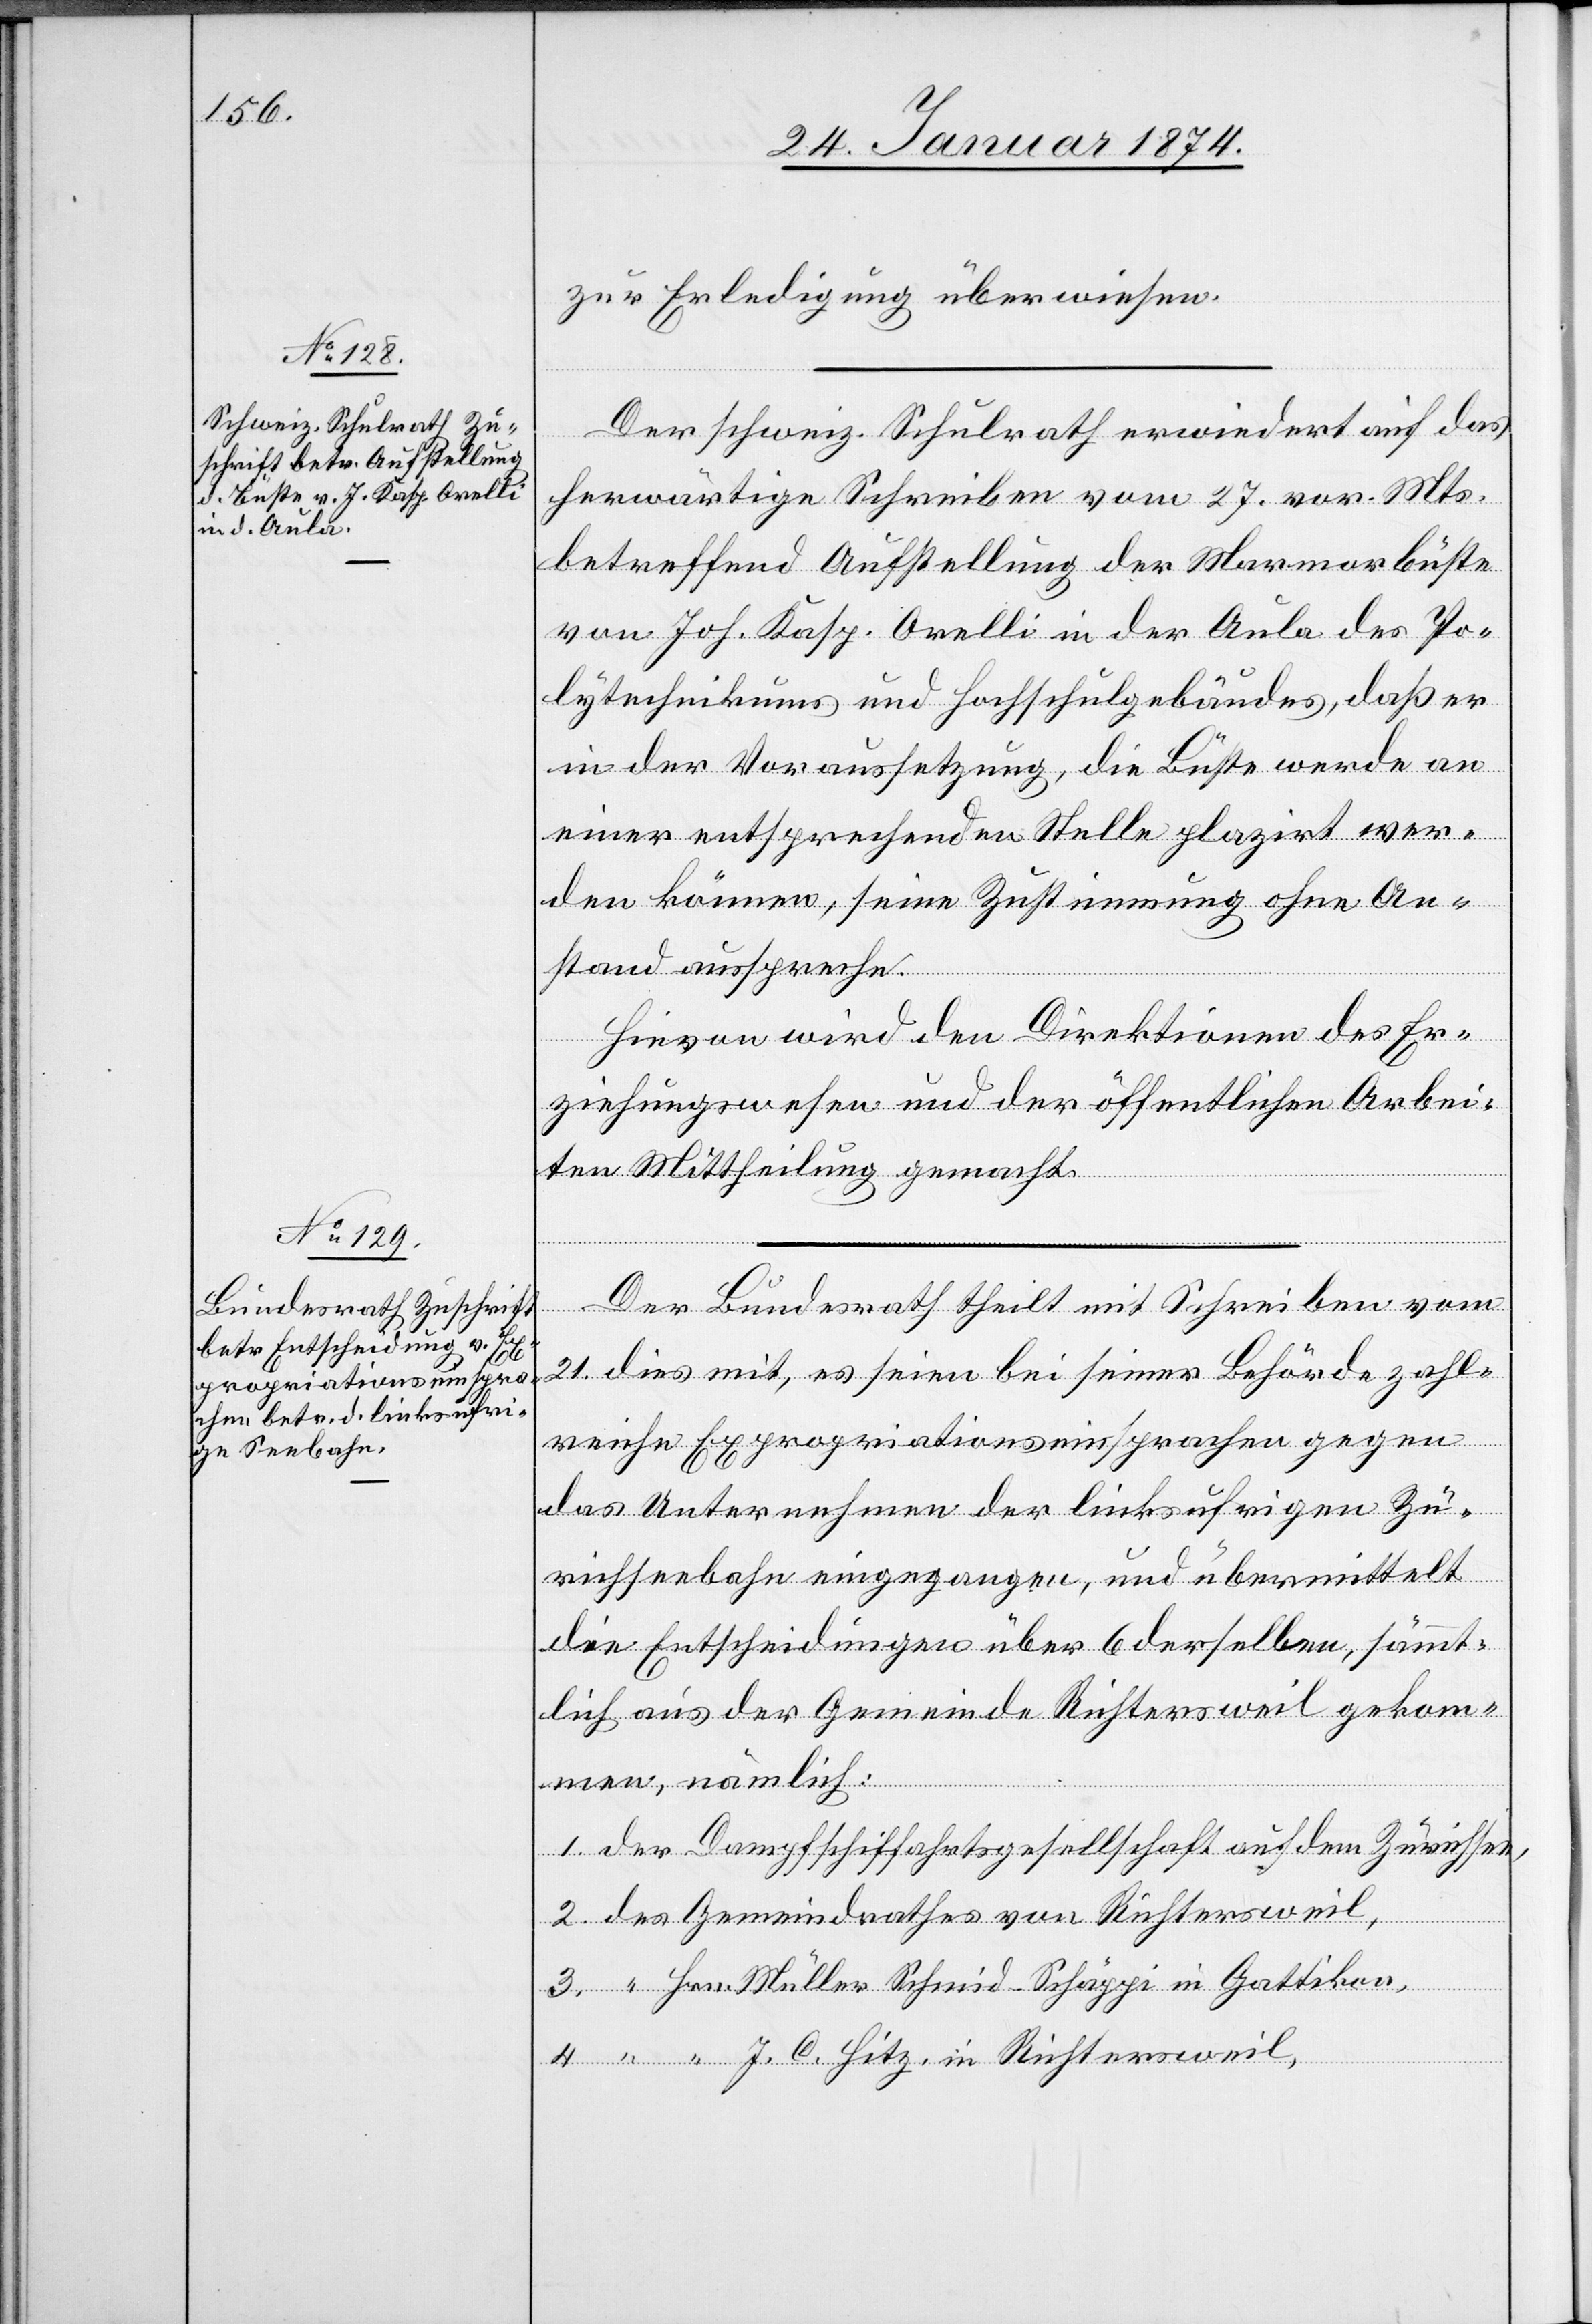
zur Erledigung überwiesen.
Der schweiz. Schulrath erwiedert auf das
herwärtige Schreiben vom 27. vor. Mts.
betreffend Aufstellung der Marmorbüste
von Joh. Kasp. Orelli in der Aula des Po¬
lytechnikums und Hochschulgebäudes, daß er
in der Voraussetzung, die Büste werde an
einer entsprechenden Stelle plazirt wer¬
den können, seine Zustimmung ohne An¬
stand ausspreche.
Hievon wird den Direktionen des Er¬
ziehungswesen und der öffentlichen Arbei¬
ten Mittheilung gemacht.
Der Bundesrath theilt mit Schreiben vom
21. dies mit, es seien bei seiner Behörde zahl¬
reiche Expropriationseinsprachen gegen
das Unternehmen der linksufrigen Zü¬
richseebahn eingegangen, und übermittelt
die Entscheidungen über 6 derselben, sämmt¬
lich aus der Gemeinde Richtersweil gekom¬
men, nämlich:
1. der Dampfschiffahrtsgesellschaft auf dem Zürichsee,
2. des Gemeindrathes von Richtersweil,
3. “ Hrn. Müller Schmid-Schäggi in Gattikon,
4. “ “ J. C. Hitz in Richtersweil,